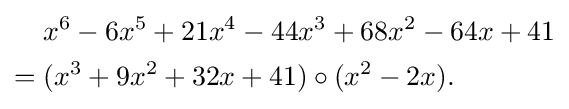
{\begin{aligned}&x^{6}-6x^{5}+21x^{4}-44x^{3}+68x^{2}-64x+41\\={}&(x^{3}+9x^{2}+32x+41)\circ (x^{2}-2x).\end{aligned}}